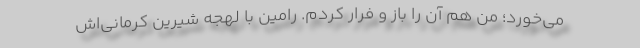
می‌خورد؛ من هم آن را باز و فرار کردم. رامین با لهجه شیرین کرمانی‌اش